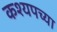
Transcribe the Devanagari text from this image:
कश्यपच्या